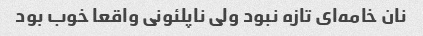
نان خامه‌ای تازه نبود ولی ناپلئونی واقعا خوب بود